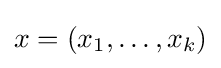
x=(x_{1},\dots ,x_{k})